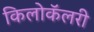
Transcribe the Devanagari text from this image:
किलोकॅलरी